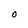
Character: O